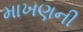
માખણની